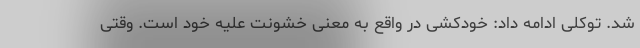
شد. توکلی ادامه داد: خودکشی در واقع به معنی خشونت علیه خود است. وقتی